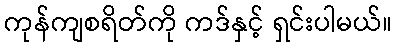
ကုန်ကျစရိတ်ကို ကဒ်နှင့် ရှင်းပါမယ်။